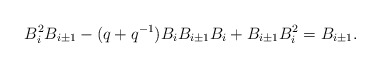
\begin{align*}B_i^2B_{i\pm 1}-(q+q^{-1})B_iB_{i\pm 1}B_i +B_{i\pm 1}B_i^2= B_{i\pm 1}.\end{align*}